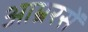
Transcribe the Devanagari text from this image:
आम्ररसें